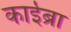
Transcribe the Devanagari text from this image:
काईब्रा